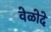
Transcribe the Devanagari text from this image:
वेळोदे